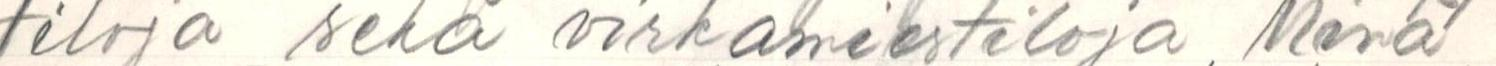
tiloja sekä virkamiestiloja, Minä